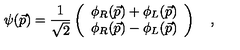
\psi ( \vec { p } ) = { \frac { 1 } { \sqrt { 2 } } } \left( \begin{array} { c c } { \phi _ { R } ( \vec { p } ) + \phi _ { L } ( \vec { p } ) } \\ { \phi _ { R } ( \vec { p } ) - \phi _ { L } ( \vec { p } ) } \\ \end{array} \right) \quad ,